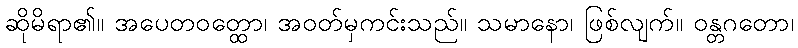
ဆိုမိရာ၏။ အပေတဝတ္ထော၊ အဝတ်မှကင်းသည်။ သမာနော၊ ဖြစ်လျက်။ ဝန္တဂတော၊